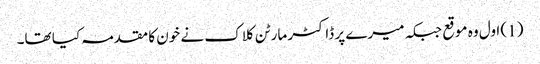
(1) اول وہ موقع جبکہ میرے پر ڈاکٹر مارٹن کلاک نے خون کا مقدمہ کیا تھا۔